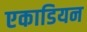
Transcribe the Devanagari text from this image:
एकाडियन